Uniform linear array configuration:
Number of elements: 8
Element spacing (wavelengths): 0.75
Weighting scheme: uniform
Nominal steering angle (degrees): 0
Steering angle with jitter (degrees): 0.1927
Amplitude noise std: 0.05
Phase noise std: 0.05

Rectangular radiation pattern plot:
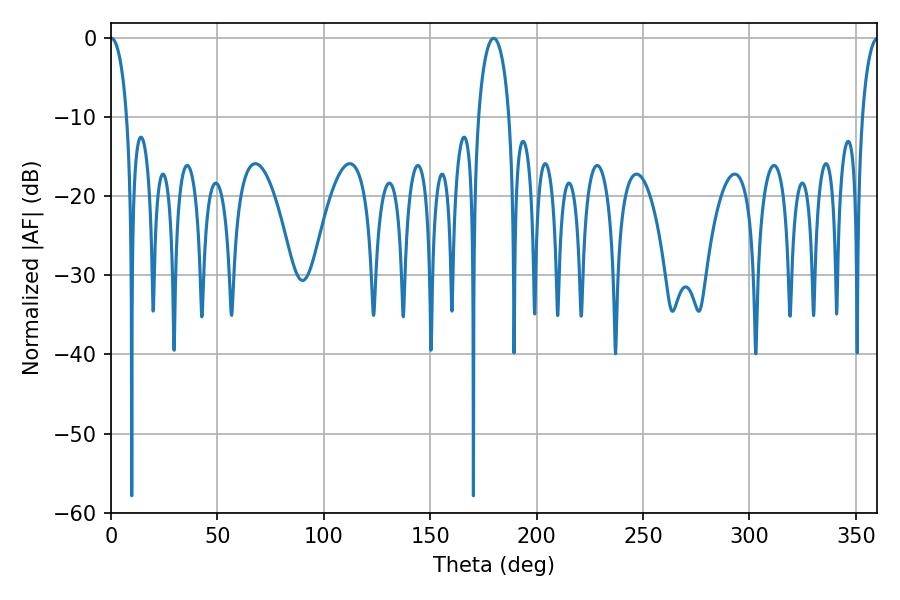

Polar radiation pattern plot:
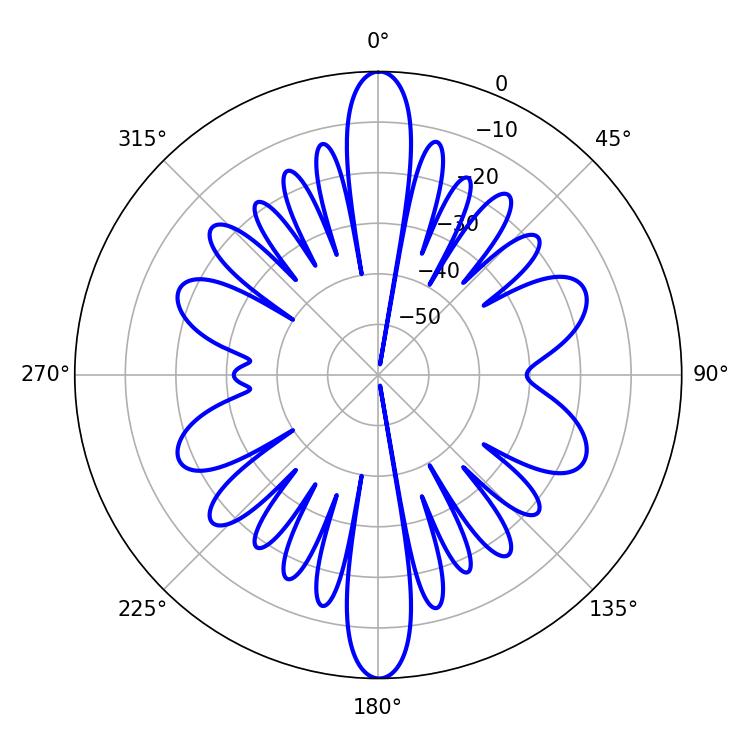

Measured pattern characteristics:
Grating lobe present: TRUE
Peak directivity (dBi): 26.503
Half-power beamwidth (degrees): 8.28
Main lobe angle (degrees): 179.82